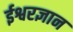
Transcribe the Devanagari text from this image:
ईश्वरज्ञान